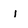
Character: i